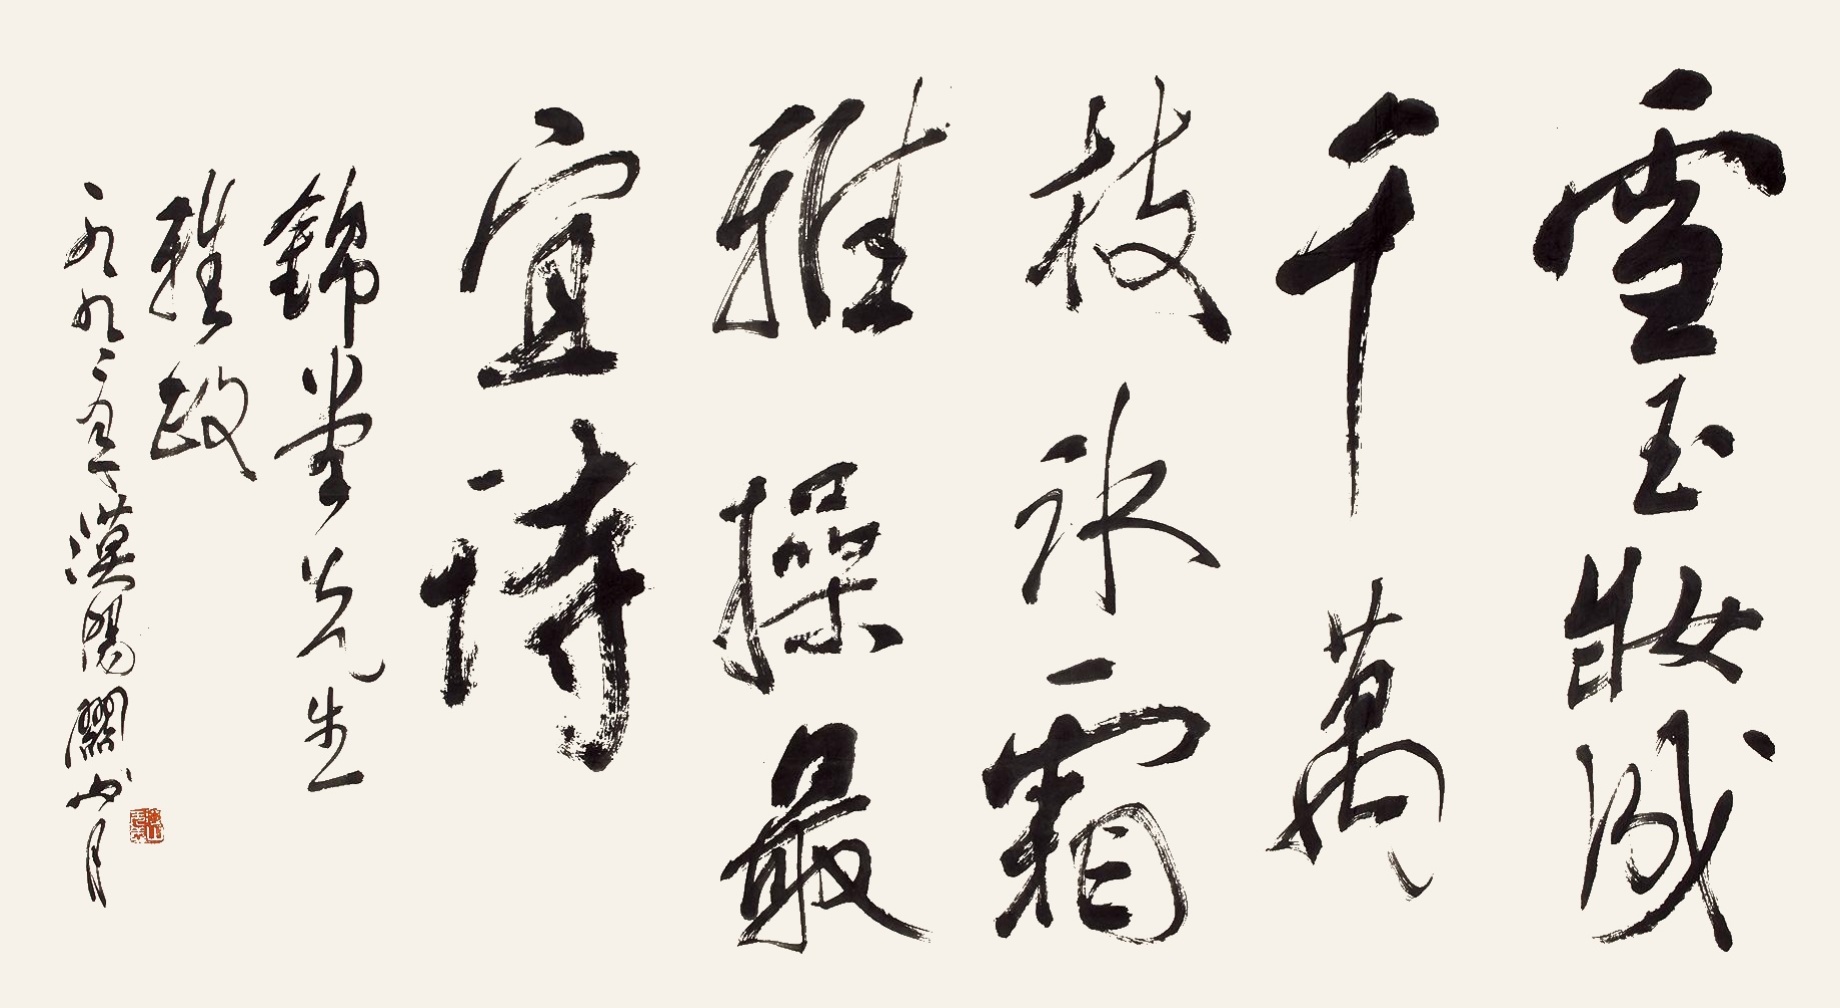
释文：雪玉妆成千万枝，冰霜雅操最宜诗。锦堂先生雅政，一九九二年漠阳关山月。